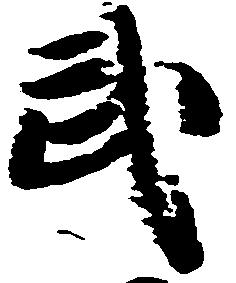
武